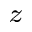
^ z